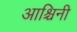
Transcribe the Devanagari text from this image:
आश्चिनी